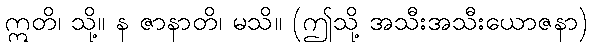
ဣတိ၊ သို့။ န ဇာနာတိ၊ မသိ။ (ဤသို့ အသီးအသီးယောဇနာ)